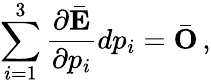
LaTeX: \sum_{i=1}^{3}\frac{\partial\bar{\mathbf E}}{\partial p_{i}}dp_{i}=\bar{\mathbf O}\, ,